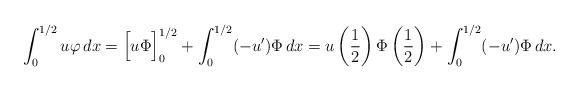
LaTeX: \begin{align*}\int_0^{1/2}u\varphi\,dx=\Big[u\Phi\Big]_0^{1/2}+\int_0^{1/2}(-u')\Phi\,dx=u\left(\frac{1}{2}\right)\Phi\left(\frac{1}{2}\right)+\int_0^{1/2}(-u')\Phi\,dx.\end{align*}